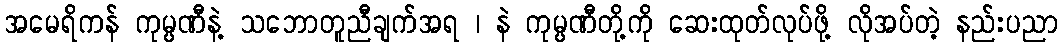
အမေရိကန် ကုမ္ပဏီနဲ့ သဘောတူညီချက်အရ ၊ နဲ ကုမ္ပဏီတို့ကို ဆေးထုတ်လုပ်ဖို့ လိုအပ်တဲ့ နည်းပညာ